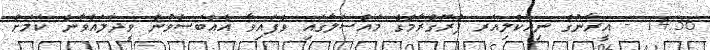
14:36 - އީރާނުގެ ނިއުކްލިއަރ ޕްރޮގްރާމްގެ މައްސަލާގައި ވެފައިވާ އެއްބަސްވުން ވީދާލައްވާނެ ކަމަށް